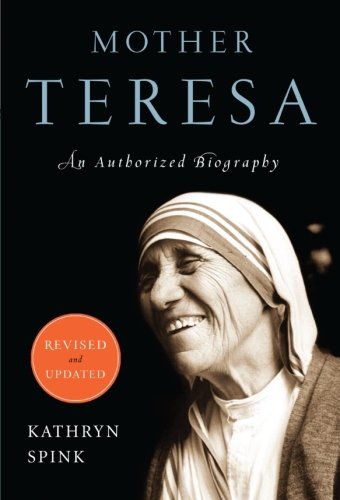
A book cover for Mother Teresa (Revised Edition): An Authorized Biography; Kathryn Spink; Biographies & Memoirs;